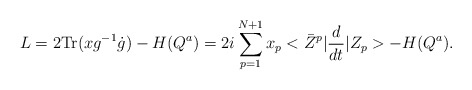
\begin{align*}L=2\mbox{Tr}(xg^{-1}\dot g)-H(Q^a)=2i\sum_{p=1}^{N+1}x_p <\bar Z^p\vert \frac{d}{dt}\vert Z_p>-H(Q^a).\end{align*}